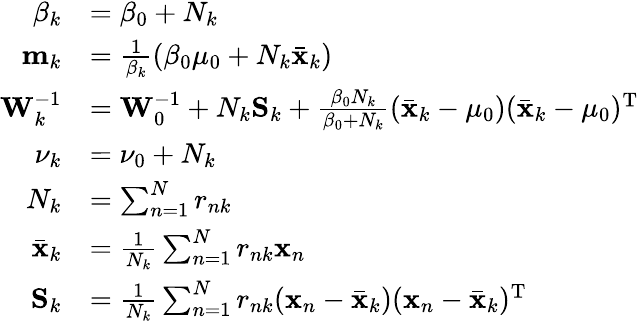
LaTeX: {\begin{array}{rl}{\beta_{k}}&{=\beta_{0}+N_{k}}\\ {\mathbf{m}_{k}}&{={\frac{1}{\beta_{k}}}(\beta_{0}\mathbf{\mu}_{0}+N_{k}{\bar{\mathbf{x}}}_{k})}\\ {\mathbf{W}_{k}^{-1}}&{=\mathbf{W}_{0}^{-1}+N_{k}\mathbf{S}_{k}+{\frac{\beta_{0}N_{k}}{\beta_{0}+N_{k}}}({\bar{\mathbf{x}}}_{k}-\mathbf{\mu}_{0})({\bar{\mathbf{x}}}_{k}-\mathbf{\mu}_{0})^{\mathrm{{T}}}}\\ {\nu_{k}}&{=\nu_{0}+N_{k}}\\ {N_{k}}&{=\sum_{n=1}^{N}r_{nk}}\\ {{\bar{\mathbf{x}}}_{k}}&{={\frac{1}{N_{k}}}\sum_{n=1}^{N}r_{nk}\mathbf{x}_{n}}\\ {\mathbf{S}_{k}}&{={\frac{1}{N_{k}}}\sum_{n=1}^{N}r_{nk}(\mathbf{x}_{n}-{\bar{\mathbf{x}}}_{k})(\mathbf{x}_{n}-{\bar{\mathbf{x}}}_{k})^{\mathrm{{T}}}}\end{array}}